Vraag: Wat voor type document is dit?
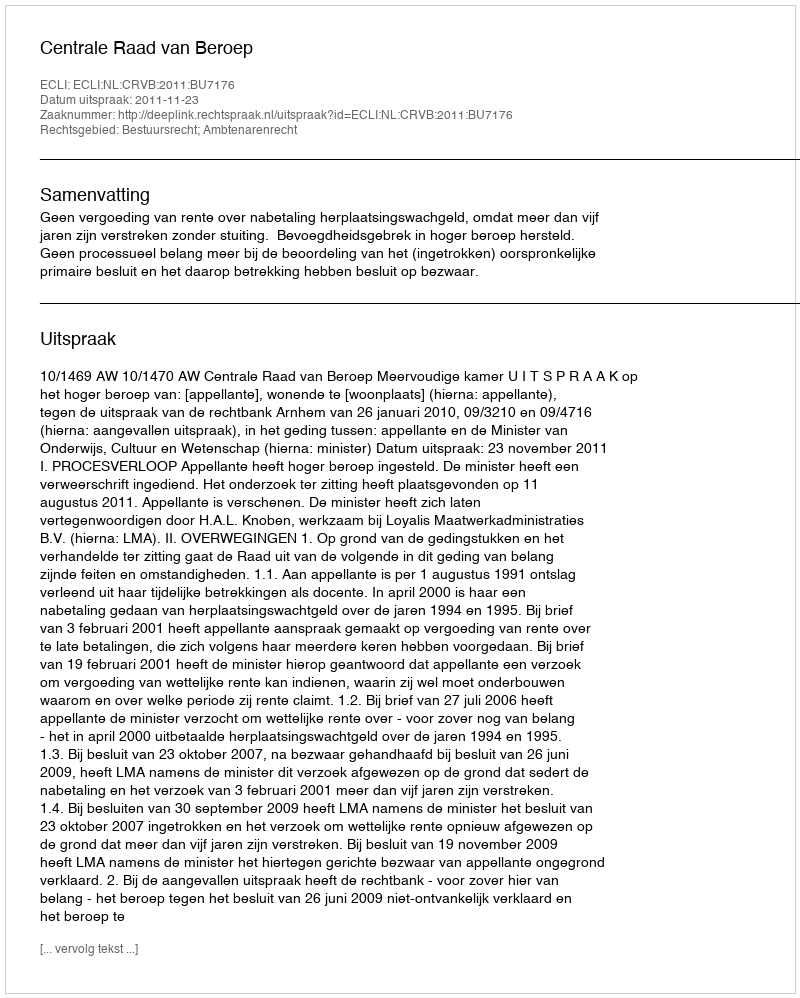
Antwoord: Uitspraak